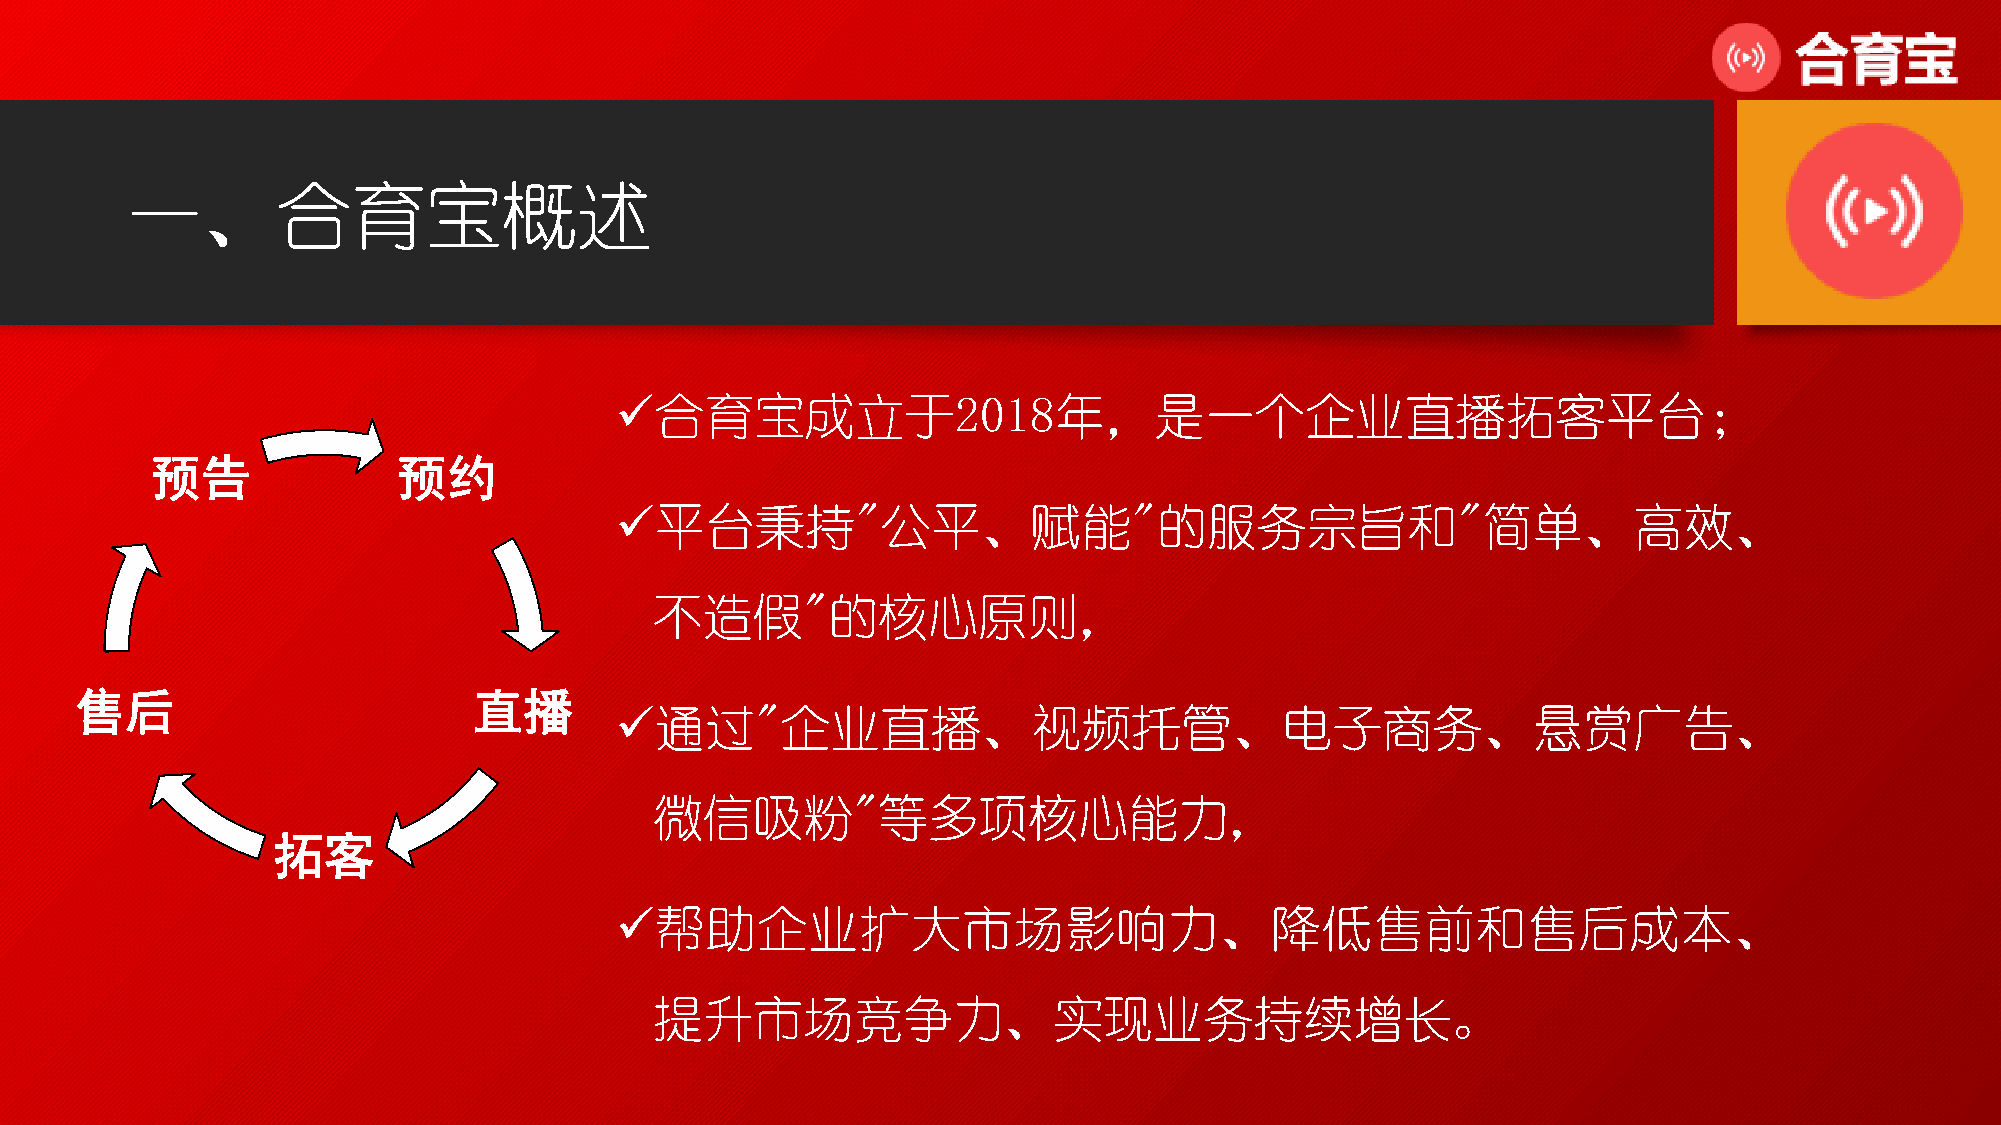
一、合育宝概述
 合育宝成立于2018年，是一个企业直播拓客平台；
 预告              预约
 平台秉持"公平、赋能"的服务宗旨和"简单、高效、
 不造假"的核心原则，
 售后                        直播
 通过"企业直播、视频托管、电子商务、悬赏广告、
 微信吸粉"等多项核心能力，
 拓客
 帮助企业扩大市场影响力、降低售前和售后成本、
 提升市场竞争力、实现业务持续增长。